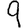
Digit: 9